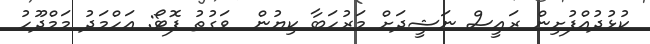
ކުޅުދުއްފުށިން ރައީސް ނަޝީދަށް މަރުހަބާ ކިޔުން  ވަގުތު ފޮޓޯ: އަހްމަދު މަމްދޫހު